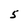
Character: 5